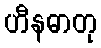
ဟီနဓာတု